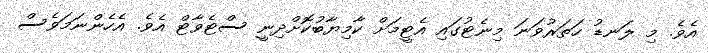
އެވެ. މި ލަނޑު ހަތަރުވަނަ މިނެޓުގައި އެޓީމަށް ކާމިޔާބުކޮށްދިނީ ސްޓެވާޓް އެވެ. އެހެންނަމަވެސް